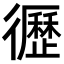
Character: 𢖙